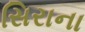
સિરાના